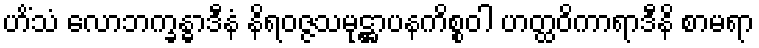
ဟိံသံ လောဘက္ခန္ဓာဒီနံ နိရဝဇ္ဇသမုဋ္ဌာပနကိစ္စဝါ ဟတ္ထဝိကာရာဒီနိ စာမရာ